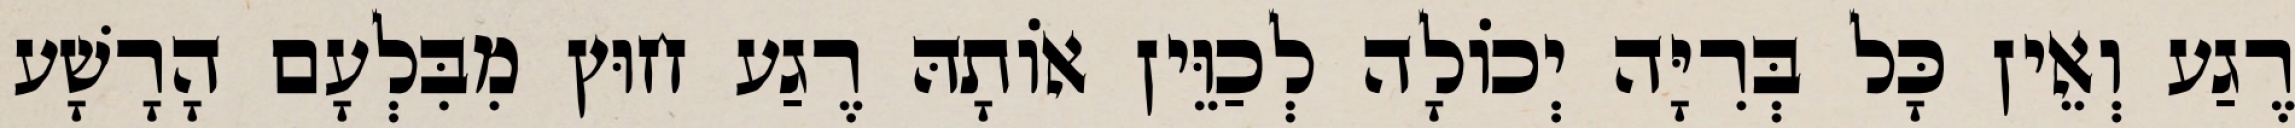
רֶגַע וְאֵין כָּל בְּרִיָּה יְכוֹלָה לְכַוֵּין אוֹתָהּ רֶגַע חוּץ מִבִּלְעָם הָרָשָׁע